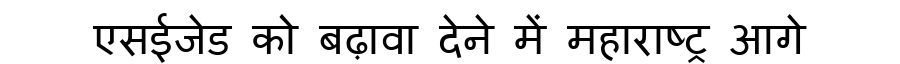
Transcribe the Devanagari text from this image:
एसईजेड को बढ़ावा देने में महाराष्ट्र आगे